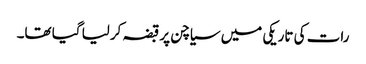
رات کی تاریکی میں سیاچن پر قبضہ کرلیا گیا تھا۔